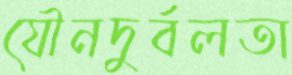
যৌনদুর্বলতা